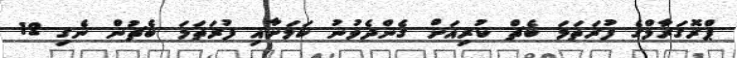
ޕްރޮގަރާމްގެ ފުރަތަމަ ބެޗް ކުރިއަށް ގެންދެވުނު ކަމަށާއި ފުރަތަމަ ބެޗުން ނެގި 12